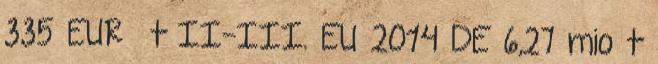
335 EUR t II-III. EU 2014 DE 6,27 mio t